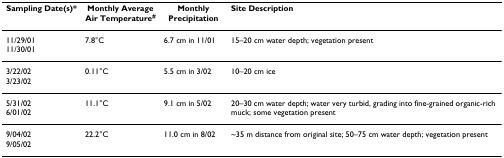
| Sampling Date(s)* | Monthly Average Air Temperature# | Monthly Precipitation | Site Description |
 | --- | --- | --- | --- |
 | 11/29/0111/30/01 | 7.8°C | 6.7 cm in 11/01 | 15–20 cm water depth; vegetation present |
 | 3/22/023/23/02 | 0.11°C | 5.5 cm in 3/02 | 10–20 cm ice |
 | 5/31/026/01/02 | 11.1°C | 9.1 cm in 5/02 | 20–30 cm water depth; water very turbid, grading into fine-grained organic-rich muck; some vegetation present |
 | 9/04/029/05/02 | 22.2°C | 11.0 cm in 8/02 | ~35 m distance from original site; 50–75 cm water depth; vegetation present |